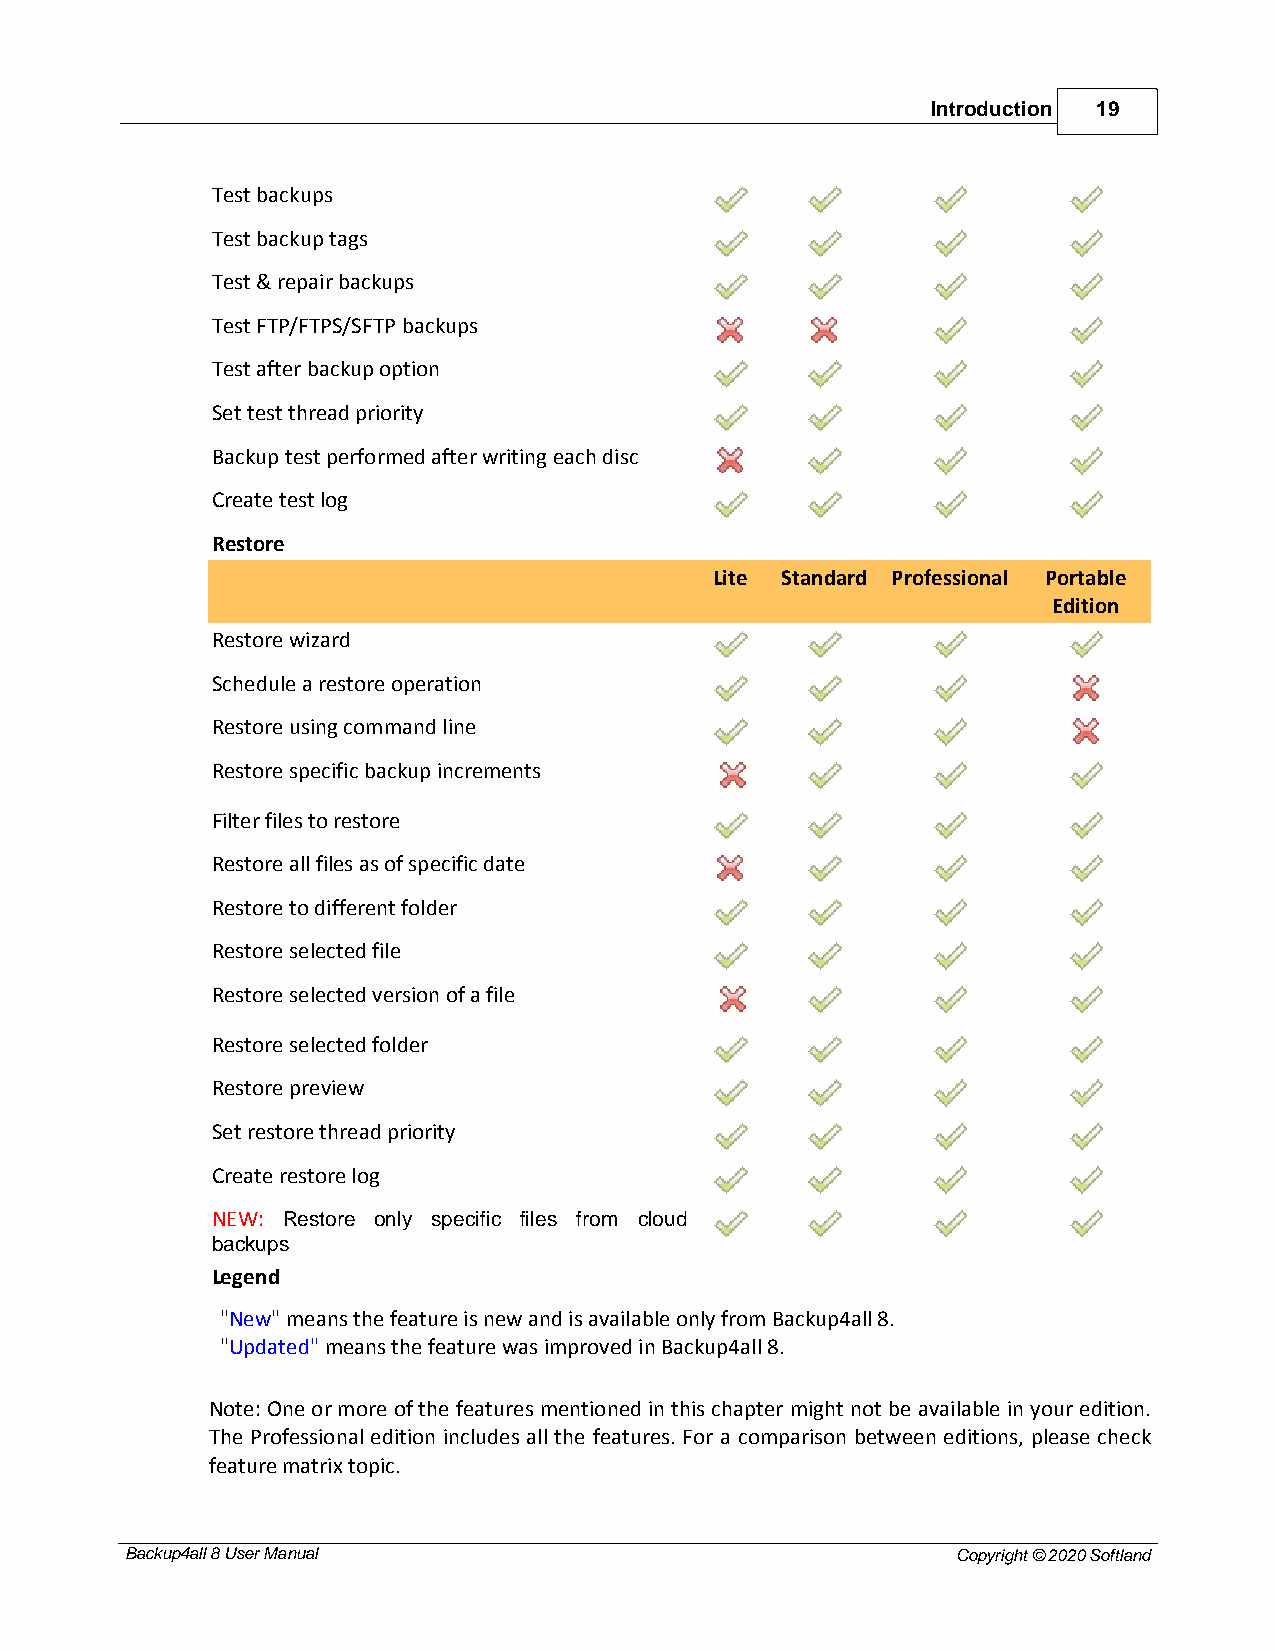
Introduction 19
 Test backups
 Test backup tags
 Test & repair backups
 Test FTP/FTPS/SFTP backups
 Test after backup option
 Set test thread priority
 Backup test performed after writing each disc
 Create test log
 Restore
 Lite Standard Professional Portable
 Edition
 Restore wizard
 Schedule a restore operation
 Restore using command line
 Restore specific backup increments
 Filter files to restore
 Restore all files as of specific date
 Restore to different folder
 Restore selected file
 Restore selected version of a file
 Restore selected folder
 Restore preview
 Set restore thread priority
 Create restore log
 NEW: Restore only specific files from cloud
 backups
 Legend
 "New" means the feature is new and is available only from Backup4all 8.
 "Updated" means the feature was improved in Backup4all 8.
 Note: One or more of the features mentioned in this chapter might not be available in your edition.
 The Professional edition includes all the features. For a comparison between editions, please check
 feature matrix topic.
 Backup4all 8 User Manual                               Copyright © 2020 Softland